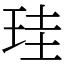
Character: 珪